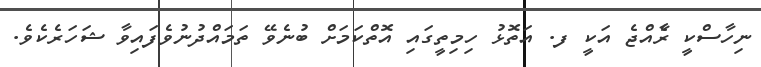
ނިހާސްކީ ރާެއްޖެ އަކީ ފ. އަތޮޅު ހިމިތީގައި އޮތްކަމަށް ބުނެވޭ ތަމައްދުނުވެފައިވާ ޝަހަރެކެވެ.